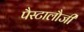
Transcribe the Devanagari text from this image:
पैस्टालौजी